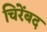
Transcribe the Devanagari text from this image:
चिरेंबद